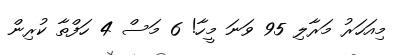
މިއަހަރު މަރާލި 95 ވަނަ މީހާ! 6 މަސް 4 ހަފްތާ ކުރިން